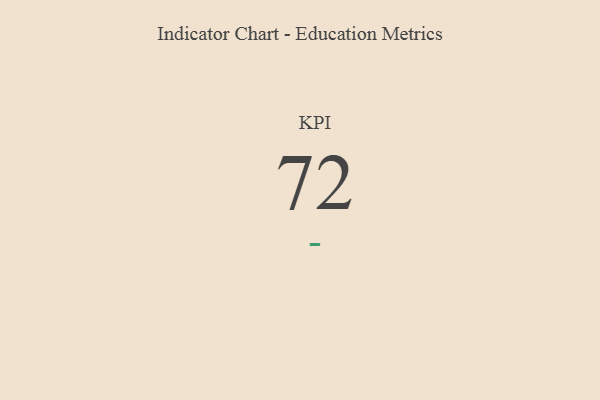
{"axis": {"x": "KPI", "y": "Value"}, "legend": [""], "data": [{"x": "KPI", "y": 72, "type": ""}]}